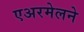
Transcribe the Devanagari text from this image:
एअरमेलने